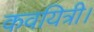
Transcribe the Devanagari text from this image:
कवयित्री।